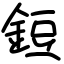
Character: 鋀